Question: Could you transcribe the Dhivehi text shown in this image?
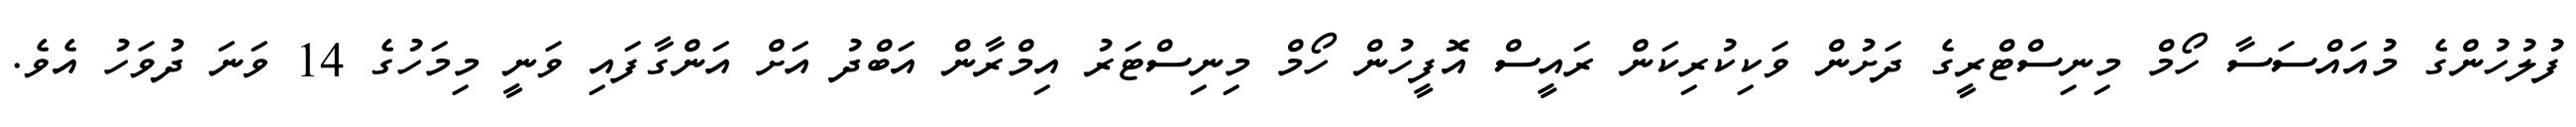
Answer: ފުލުހުންގެ މުއައްސަސާ ހޯމް މިނިސްޓްރީގެ ދަށުން ވަކިކުރިކަން ރައީސް އޮފީހުން ހޯމް މިނިސްޓަރު އިމްރާން އަބްދު އަށް އަންގާފައި ވަނީ މިމަހުގެ 14 ވަނަ ދުވަހު އެވެ.